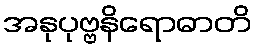
အနုပုဗ္ဗနိရောဓာတိ